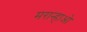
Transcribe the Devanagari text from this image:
मरान्हाओ